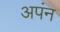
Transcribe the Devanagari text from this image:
अपंन